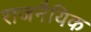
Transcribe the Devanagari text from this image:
राजनैयिक